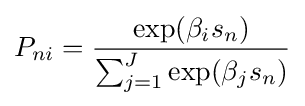
P_{ni}={\exp(\beta _{i}s_{n}) \over \sum _{j=1}^{J}\exp(\beta _{j}s_{n})}